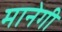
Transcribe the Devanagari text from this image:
मानेगी